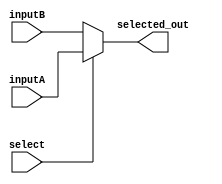
//////////////////////////////////////////////////////////////////////////////////
// School: Korea Univ
// Cource : ASIC design
// 
/////////////////////////////////////////////////////////////////////////////////

module mux_2to1
#(parameter DATAWIDTH = 32)
(
    input wire [DATAWIDTH-1:0] inputA, inputB,
    input wire select,
    output wire [DATAWIDTH-1:0] selected_out
);

    assign selected_out = select ? inputA : inputB;
endmodule

module mux_3to1 
#(parameter DATAWIDTH = 32)
(
    input wire [DATAWIDTH-1:0] inputA, inputB, inputC,
    input wire [1:0] select,
    output reg [DATAWIDTH-1:0] selected_out
);

    always @(*)
    casex(select)
        2'b00:
            selected_out = inputA;
        2'b01:
            selected_out = inputB;
        2'b10:
            selected_out = inputC;
        default:
            selected_out = 32'bx;
    endcase
endmodule

module mux_4to1 
#(parameter DATAWIDTH = 32)
(
    input wire [DATAWIDTH-1:0] inputA, inputB, inputC, inputD,
    input wire [1:0] select,
    output reg [DATAWIDTH-1:0] selected_out
);

    always @(*)
    casex(select)
        2'b00:
            selected_out = inputA;
        2'b01:
            selected_out = inputB;
        2'b10:
            selected_out = inputC;
        2'b11:
            selected_out = inputD;
        default:
            selected_out = 32'bx;
    endcase
endmodule

module mux_6to1 
#(parameter DATAWIDTH = 32)
(
    input wire [DATAWIDTH-1:0] inputA, inputB, inputC, inputD, inputE, inputF,
    input wire [2:0] select,
    output reg [DATAWIDTH-1:0] selected_out
);

    always @(*)
    casex(select)
        3'b000:
            selected_out = inputA;
        3'b001:
            selected_out = inputB;
        3'b010:
            selected_out = inputC;
        3'b011:
            selected_out = inputD;
        3'b100:
            selected_out = inputE;
        3'b101:
            selected_out = inputF;
        default:
            selected_out = 32'bx;
    endcase
endmodule